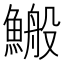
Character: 𩺪